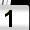
Digit: 1